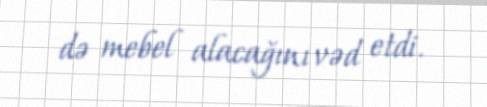
də mebel alacağını vəd etdi.